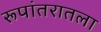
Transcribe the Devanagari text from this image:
रूपांतरातला